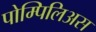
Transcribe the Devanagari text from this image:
पोम्पिलिअस